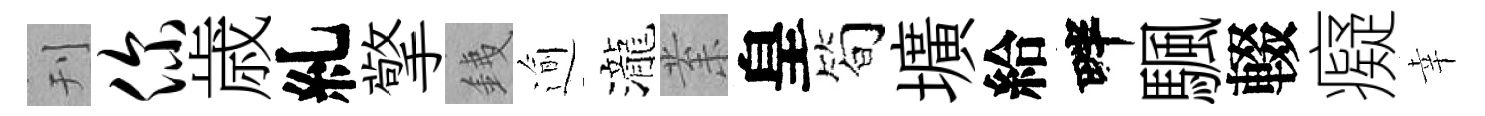
刊你歳糺擎銕逾瀧𭪙皇筍壙給畔颿輟癡幸